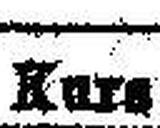
Kurs